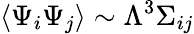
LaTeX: \langle\Psi_{i}\Psi_{j}\rangle\sim\Lambda^{3}\Sigma_{ij}